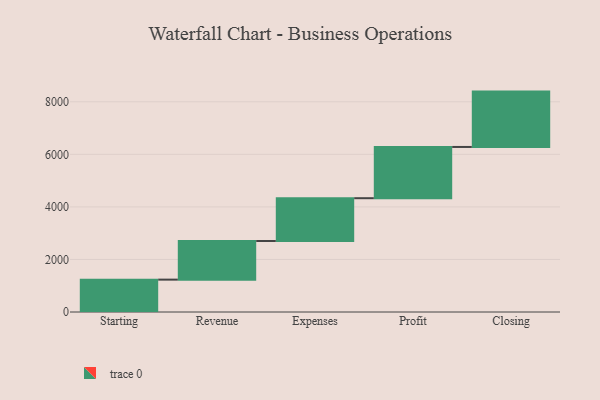
{"axis": {"x": "Step", "y": "Value"}, "legend": [""], "data": [{"x": "Starting", "y": 1232.0, "type": ""}, {"x": "Revenue", "y": 1471.0, "type": ""}, {"x": "Expenses", "y": 1628.0, "type": ""}, {"x": "Profit", "y": 1950.0, "type": ""}, {"x": "Closing", "y": 2107.0, "type": ""}]}